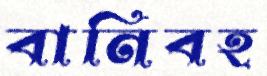
বানিবহ